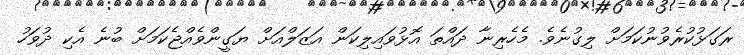
ރަގަޅުކުރެވުނުކަމަށް ލިގުނެވެ. މެހެރިނާ ދައްތަ އޮޅުވައިލިކަން އަޒަލްއަށް ޔަގީންވެއްޖެކަމަށް ބުނެ އެކި ދުވަހު